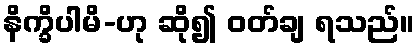
နိက္ခိပါမိ-ဟု ဆို၍ ဝတ်ချ ရသည်။